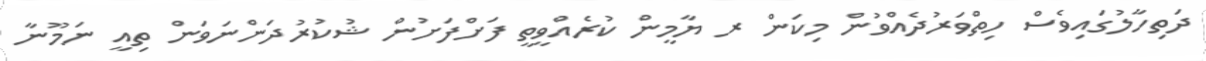
ދަތިހާލުގައިވެސް ހިތްވަރުދެއްވުން މިކަން ރ ޔާމީން ކުރެއްވީތީ ފަށްފަށުން ޝުކުރުދަންނަވަން ތިއީ ނަމޫނާ